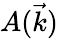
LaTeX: A(\vec{k})